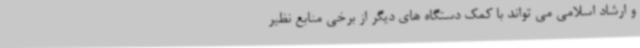
و ارشاد اسلامی می تواند با کمک دستگاه های دیگر از برخی منابع نظیر